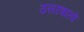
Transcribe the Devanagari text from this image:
उत्तरवालों